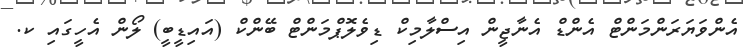
އެންވަޔަރަންމަންޓް އެންޑް އެނާޖީން އިސްލާމިކް ޑިވެލޮޕްމަންޓް ބޭންކް (އައިޑީބީ) ލޯން އެހީގައި ކ.